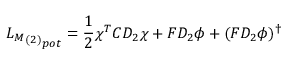
{ { { \cal L } _ { M } } _ { ( 2 ) } } _ { p o t } = \frac { 1 } { 2 } \chi ^ { T } C D _ { 2 } \chi + F D _ { 2 } \phi + ( F D _ { 2 } \phi ) ^ { \dagger }